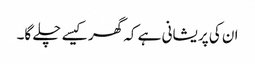
ان کی پریشانی ہے کہ گھر کیسے چلے گا۔